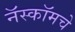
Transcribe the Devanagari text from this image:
नॅस्कॉमचे